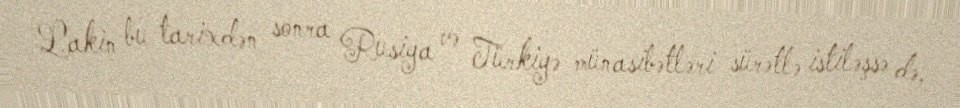
Lakin bu tarixdən sonra Rusiya və Türkiyə münasibətləri sürətlə istiləşsə də,